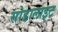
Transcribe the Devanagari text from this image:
सोडालाइट